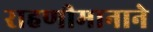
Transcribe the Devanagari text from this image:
राहणीमानाने